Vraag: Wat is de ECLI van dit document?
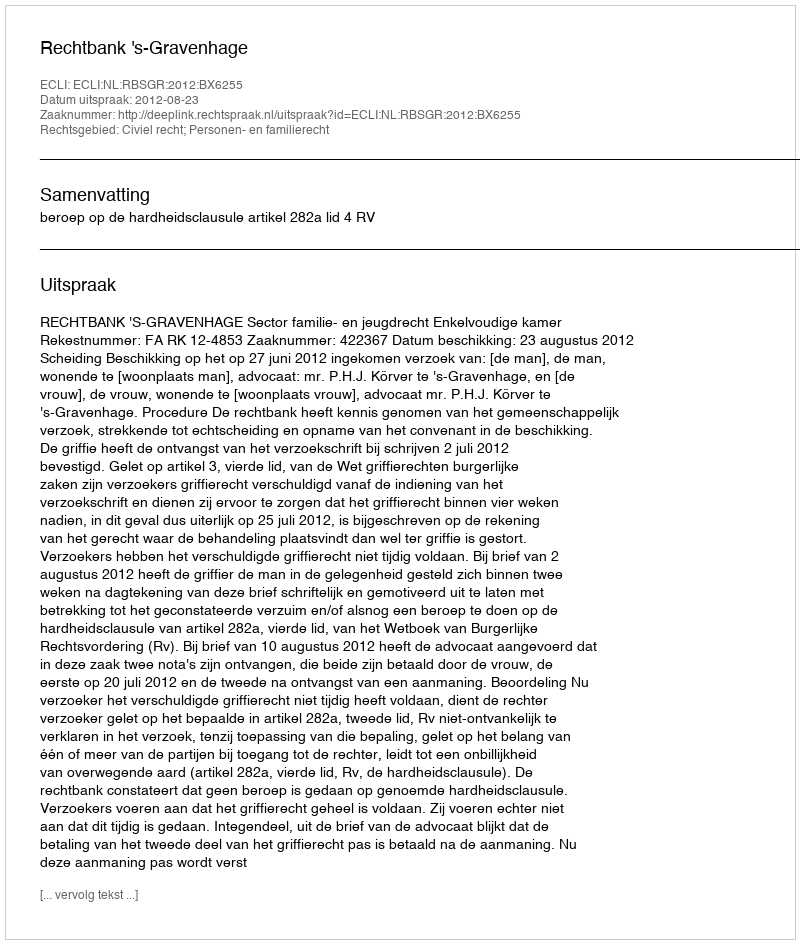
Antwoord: ECLI:NL:RBSGR:2012:BX6255